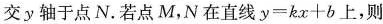
交y轴于点N。若点M，N在直线y=kx+b上，则